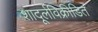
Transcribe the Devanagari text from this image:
शादूर्लविक्रीडित